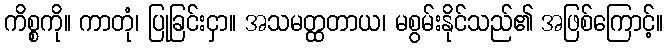
ကိစ္စကို။ ကာတုံ၊ ပြုခြင်းငှာ။ အသမတ္ထတာယ၊ မစွမ်းနိုင်သည်၏ အဖြစ်ကြောင့်။